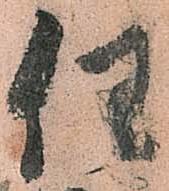
任